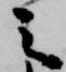
之